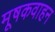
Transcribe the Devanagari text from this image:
मूषकवाहन